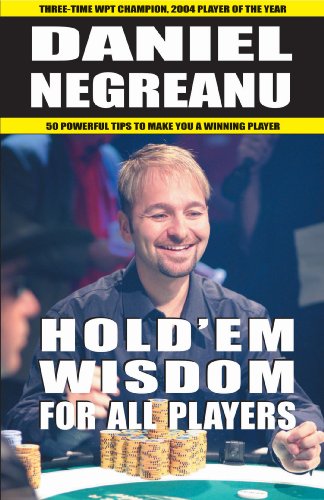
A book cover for Hold'em Wisdom for all Players; Daniel Negreanu; Humor & Entertainment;